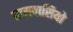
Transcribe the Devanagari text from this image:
ग्रामवासियो